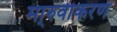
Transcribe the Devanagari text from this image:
मा्रुवीकरण